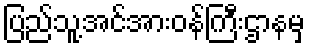
ပြည်သူ့အင်အားဝန်ကြီးဌာနမှ